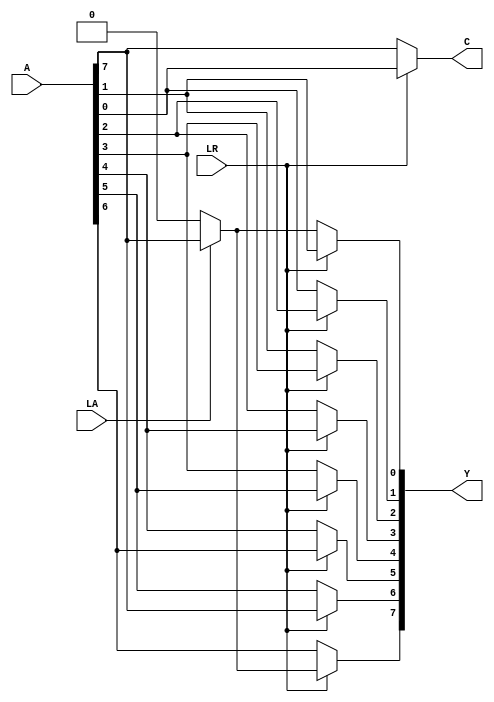
module shifter(A, LA, LR, Y, C);

  // inputs
  input [7:0] A;
  input LA, LR;

  // outputs
  output [7:0] Y;
  output C;

  /* ADD YOUR CODE BELOW THIS LINE */
  wire SHIFT_IN;
  assign SHIFT_IN = LA ? A[7] : 1'b0;
  
  
  assign Y[0] = LR ? A[1] : SHIFT_IN;
  assign Y[1] = LR ? A[2] : A[0];
  assign Y[2] = LR ? A[3] : A[1];
  assign Y[3] = LR ? A[4] : A[2];
  assign Y[4] = LR ? A[5] : A[3];
  assign Y[5] = LR ? A[6] : A[4];
  assign Y[6] = LR ? A[7] : A[5];
  assign Y[7] = LR ? SHIFT_IN : A[6];

  
  assign C = (LR == 1'b0) ? A[7] : (LA == 1'b1) ? A[0] : A[0];

  
  
  /* ADD YOUR CODE ABOVE THIS LINE */

endmodule